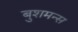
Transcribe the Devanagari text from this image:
बुशमन्स